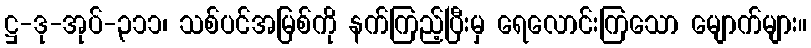
ဋ္ဌ-ဒု-အုပ်-၃၁၁၊ သစ်ပင်အမြစ်ကို နက်ကြည့်ပြီးမှ ရေလောင်းကြသော မျောက်များ။